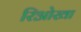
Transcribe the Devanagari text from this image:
रिओखा